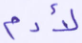
لآدم